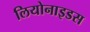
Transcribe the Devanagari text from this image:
लियोनाइडस